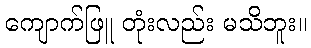
ကျောက်ဖြူ တုံးလည်း မသိဘူး။